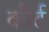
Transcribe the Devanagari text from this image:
कौर्ट